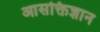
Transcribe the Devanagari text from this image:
आसक्तिज्ञान